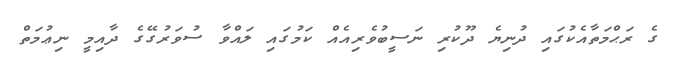
ގެ ރަޙްމަތާއެކުގައި ދުނިޔެ ދޫކުރި ނަސީބުވެރިއެއް ކަމުގައި ލައްވާ ސުވަރުގޭގެ ދާއިމީ ނިޢުމަތް